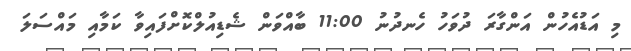
މި އަޑުއެހުން އަންގާރަ ދުވަހު ހެނދުނު 11:00 ބާއްވަން ޝެޑިއުލްކޮށްފައިވާ ކަމާއި މައްސަލަ